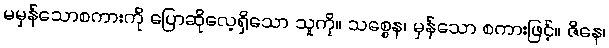
မမှန်သောစကားကို ပြောဆိုလေ့ရှိသော သူကို။ သစ္စေန၊ မှန်သော စကားဖြင့်။ ဇိနေ၊